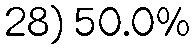
28) 50.0%